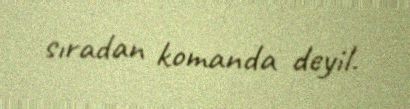
sıradan komanda deyil.